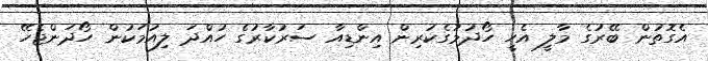
އެގޮތުން ބޭރުގެ މާލީ އެހީ ހޯދުމުގެކުރިން އިންޑިއާ ސަރުކާރުގެ ހުއްދަ ލިއުމަކުން ހޯދަންޖެހޭ